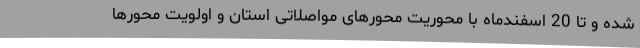
شده و تا 20 اسفندماه با محوریت محورهای مواصلاتی استان و اولویت محورها